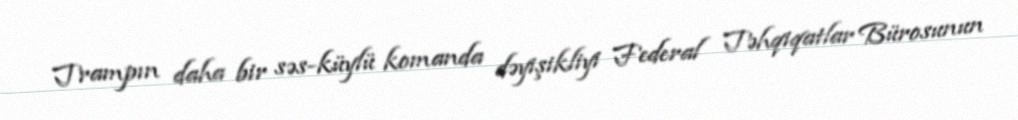
Trampın daha bir səs-küylü komanda dəyişikliyi Federal Təhqiqatlar Bürosunun